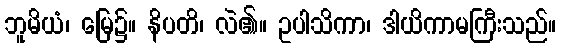
ဘူမိယံ၊ မြေ၌။ နိပတိ၊ လဲ၏။ ဥပါသိကာ၊ ဒါယိကာမကြီးသည်။